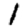
Digit: 1